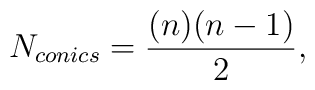
N_{conics}=\frac{(n)(n-1)}{2},